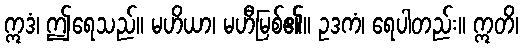
ဣဒံ၊ ဤရေသည်။ မဟိယာ၊ မဟီမြစ်၏။ ဥဒကံ၊ ရေပါတည်း။ ဣတိ၊